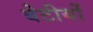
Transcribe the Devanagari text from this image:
बेटीयों